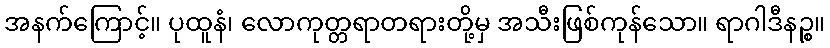
အနက်ကြောင့်။ ပုထူနံ၊ လောကုတ္တရာတရားတို့မှ အသီးဖြစ်ကုန်သော။ ရာဂါဒီနဉ္စ။